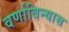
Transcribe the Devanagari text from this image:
वर्णाविन्यास